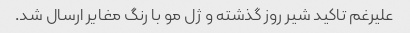
علیرغم تاکید شیر روز گذشته و ژل مو با رنگ مغایر ارسال شد.